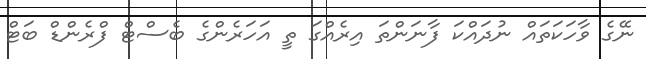
ނޭގެ ވާހަކަތައް ނުދައްކަ ފާނަންތަ އިރެއްގަ ތީ އަހަރެންގެ ބެސްޓް ފްރެންޑް ބަޓް